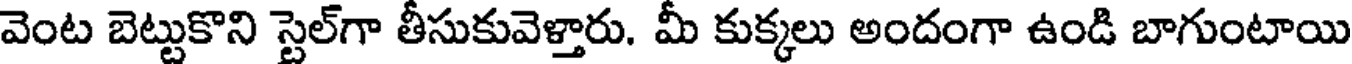
వెంట బెట్టుకొని స్టెల్గా తీసుకువెళ్తారు. మీ కుక్కలు అందంగా ఉండి బాగుంటాయి